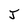
Character: J